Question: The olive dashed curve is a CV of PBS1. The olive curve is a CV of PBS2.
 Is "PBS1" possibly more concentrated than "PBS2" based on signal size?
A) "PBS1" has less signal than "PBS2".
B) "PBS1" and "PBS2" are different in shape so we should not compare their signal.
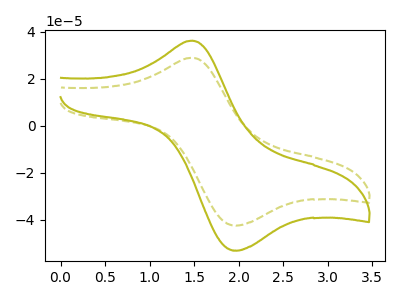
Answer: <think>The olive dashed curve "PBS1" has an anodic peak at (1.50V, 28.90uA) and a cathodic peak at (2.00V, -42.35uA). The olive curve "PBS2" has an anodic peak at (1.50V, 36.15uA) and a cathodic peak at (2.00V, -53.00uA).
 All the peaks in "PBS1" have a peak in "PBS2" at the same potential. Every peak in "PBS1" is lower than every peak in "PBS2".</think>
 <answer>A) "PBS1" has less signal than "PBS2".</answer>
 <eval>A</eval>